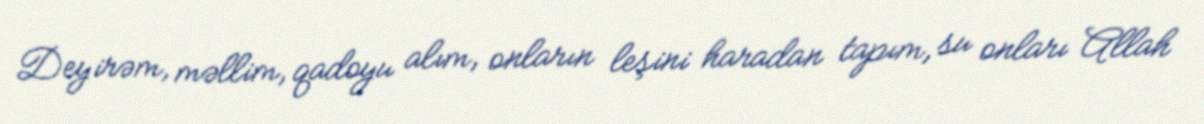
Deyirəm, məllim, qadoyu alım, onların leşini haradan tapım, su onları Allah